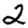
Digit: 2